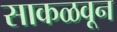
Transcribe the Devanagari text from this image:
साकळवून